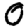
Digit: 0